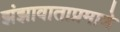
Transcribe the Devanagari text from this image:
झंझावाताप्रमाणे